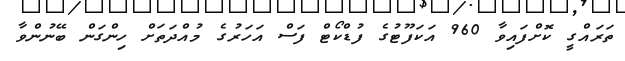
ތަރައްގީ ކޮށްފައިވާ 960 އަކަފޫޓުގެ ފުޑްކޯޓް ފަސް އަހަރުގެ މުއްދަތަށް ހިންގަން ބޭނުންވާ